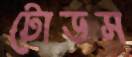
টোডস